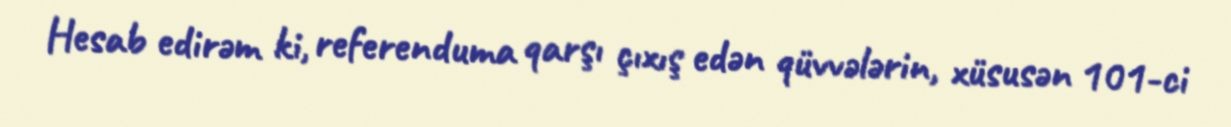
Hesab edirəm ki, referenduma qarşı çıxış edən qüvvələrin, xüsusən 101-ci